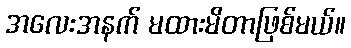
အလေးအနက် မထားမိတာဖြစ်မယ်။